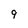
Character: 9